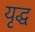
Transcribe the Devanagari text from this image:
यृद्ध